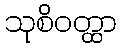
သုစိဝတ္ထာ